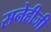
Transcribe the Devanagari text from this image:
सनेहीजी